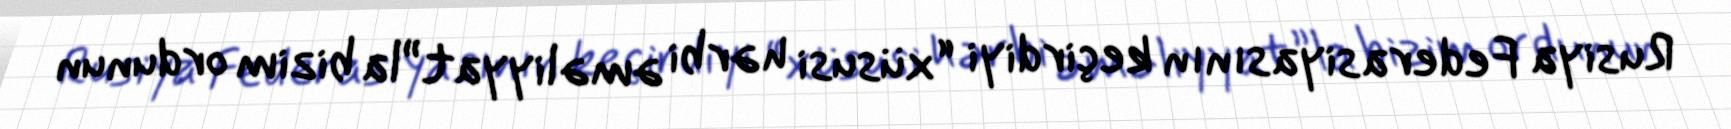
Rusiya Federasiyasının keçirdiyi “xüsusi hərbi əməliyyat”la bizim ordunun